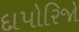
દાપોરિજો